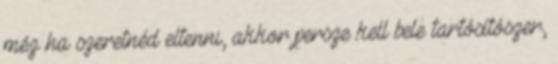
méz ha szeretnéd eltenni, akkor persze kell bele tartósítószer,